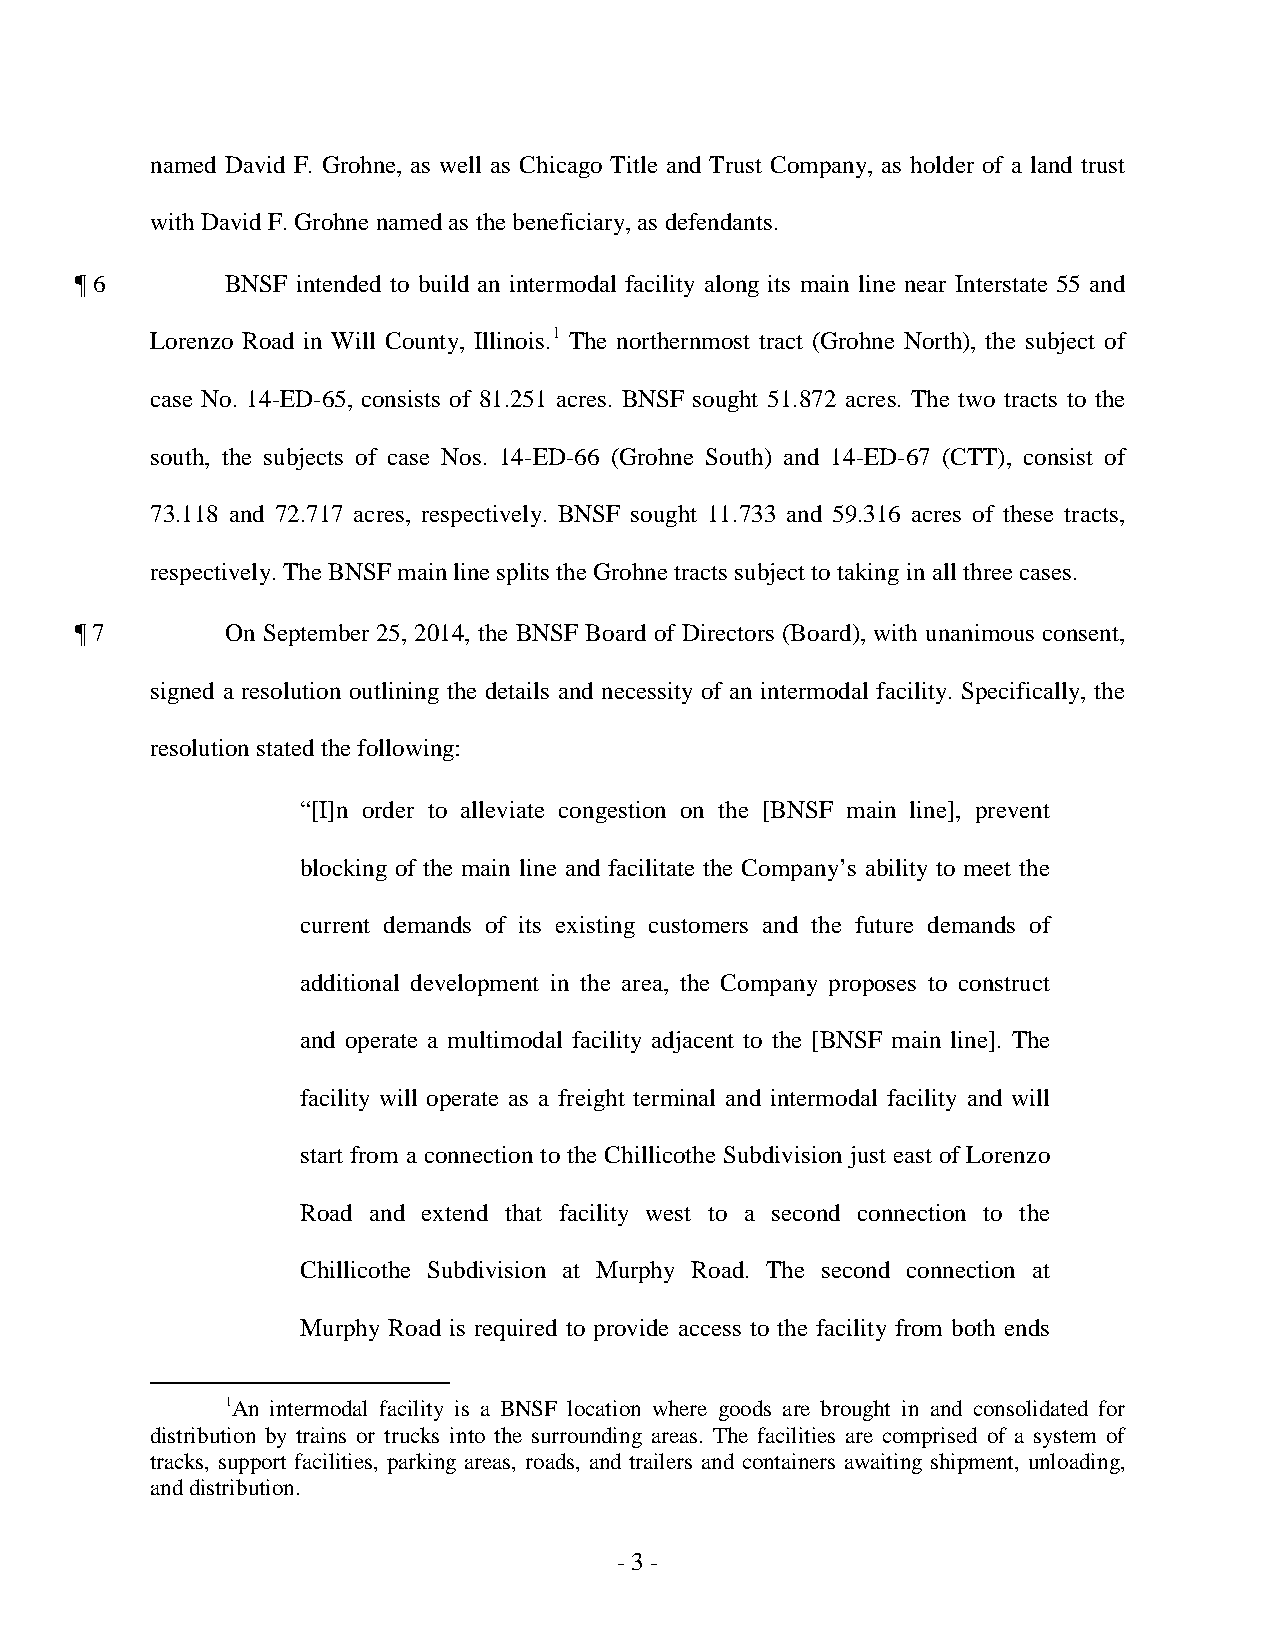
named David F. Grohne, as well as Chicago Title and Trust Company, as holder of a land trust
 with David F. Grohne named as the beneficiary, as defendants.
 ¶ 6       BNSF intended to build an intermodal facility along its main line near Interstate 55 and
 Lorenzo Road in Will County, Illinois.1 The northernmost tract (Grohne North), the subject of
 case No. 14-ED-65, consists of 81.251 acres. BNSF sought 51.872 acres. The two tracts to the
 south, the subjects of case Nos. 14-ED-66 (Grohne South) and 14-ED-67 (CTT), consist of
 73.118 and 72.717 acres, respectively. BNSF sought 11.733 and 59.316 acres of these tracts,
 respectively. The BNSF main line splits the Grohne tracts subject to taking in all three cases.
 ¶ 7       On September 25, 2014, the BNSF Board of Directors (Board), with unanimous consent,
 signed a resolution outlining the details and necessity of an intermodal facility. Specifically, the
 resolution stated the following:
 “[I]n order to alleviate congestion on the [BNSF main line], prevent
 blocking of the main line and facilitate the Company’s ability to meet the
 current demands of its existing customers and the future demands of
 additional development in the area, the Company proposes to construct
 and operate a multimodal facility adjacent to the [BNSF main line]. The
 facility will operate as a freight terminal and intermodal facility and will
 start from a connection to the Chillicothe Subdivision just east of Lorenzo
 Road and extend that facility west to a second connection to the
 Chillicothe Subdivision at Murphy Road. The second connection at
 Murphy Road is required to provide access to the facility from both ends
 1An intermodal facility is a BNSF location where goods are brought in and consolidated for
 distribution by trains or trucks into the surrounding areas. The facilities are comprised of a system of
 tracks, support facilities, parking areas, roads, and trailers and containers awaiting shipment, unloading,
 and distribution.
 - 3 ­